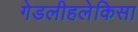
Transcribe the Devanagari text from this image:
गेडलीहलेकिसा